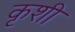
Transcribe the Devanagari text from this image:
कृशी